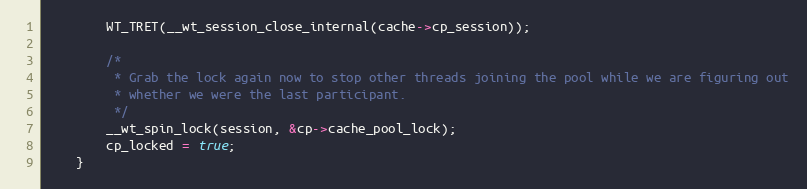
Language: C
        WT_TRET(__wt_session_close_internal(cache->cp_session));

        /*
         * Grab the lock again now to stop other threads joining the pool while we are figuring out
         * whether we were the last participant.
         */
        __wt_spin_lock(session, &cp->cache_pool_lock);
        cp_locked = true;
    }